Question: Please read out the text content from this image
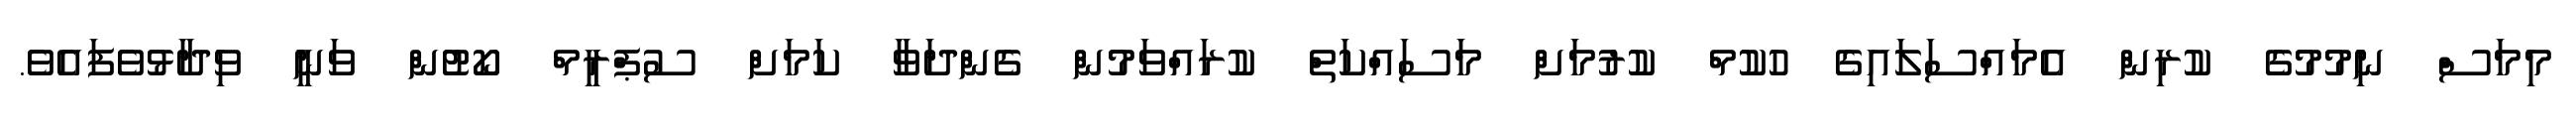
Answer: މިމަސް ނިމުމުގެ ކުރިން އެމައްސަލައިގެ ހުކުމް ކުރުމަށް މަސައްކަތް ކުރައްވަމުން ގެންދަވާ ކަމަށް ސުޕްރީމް ކޯޓުން ވަނީ ވިދާޅުވެފައެވެ.